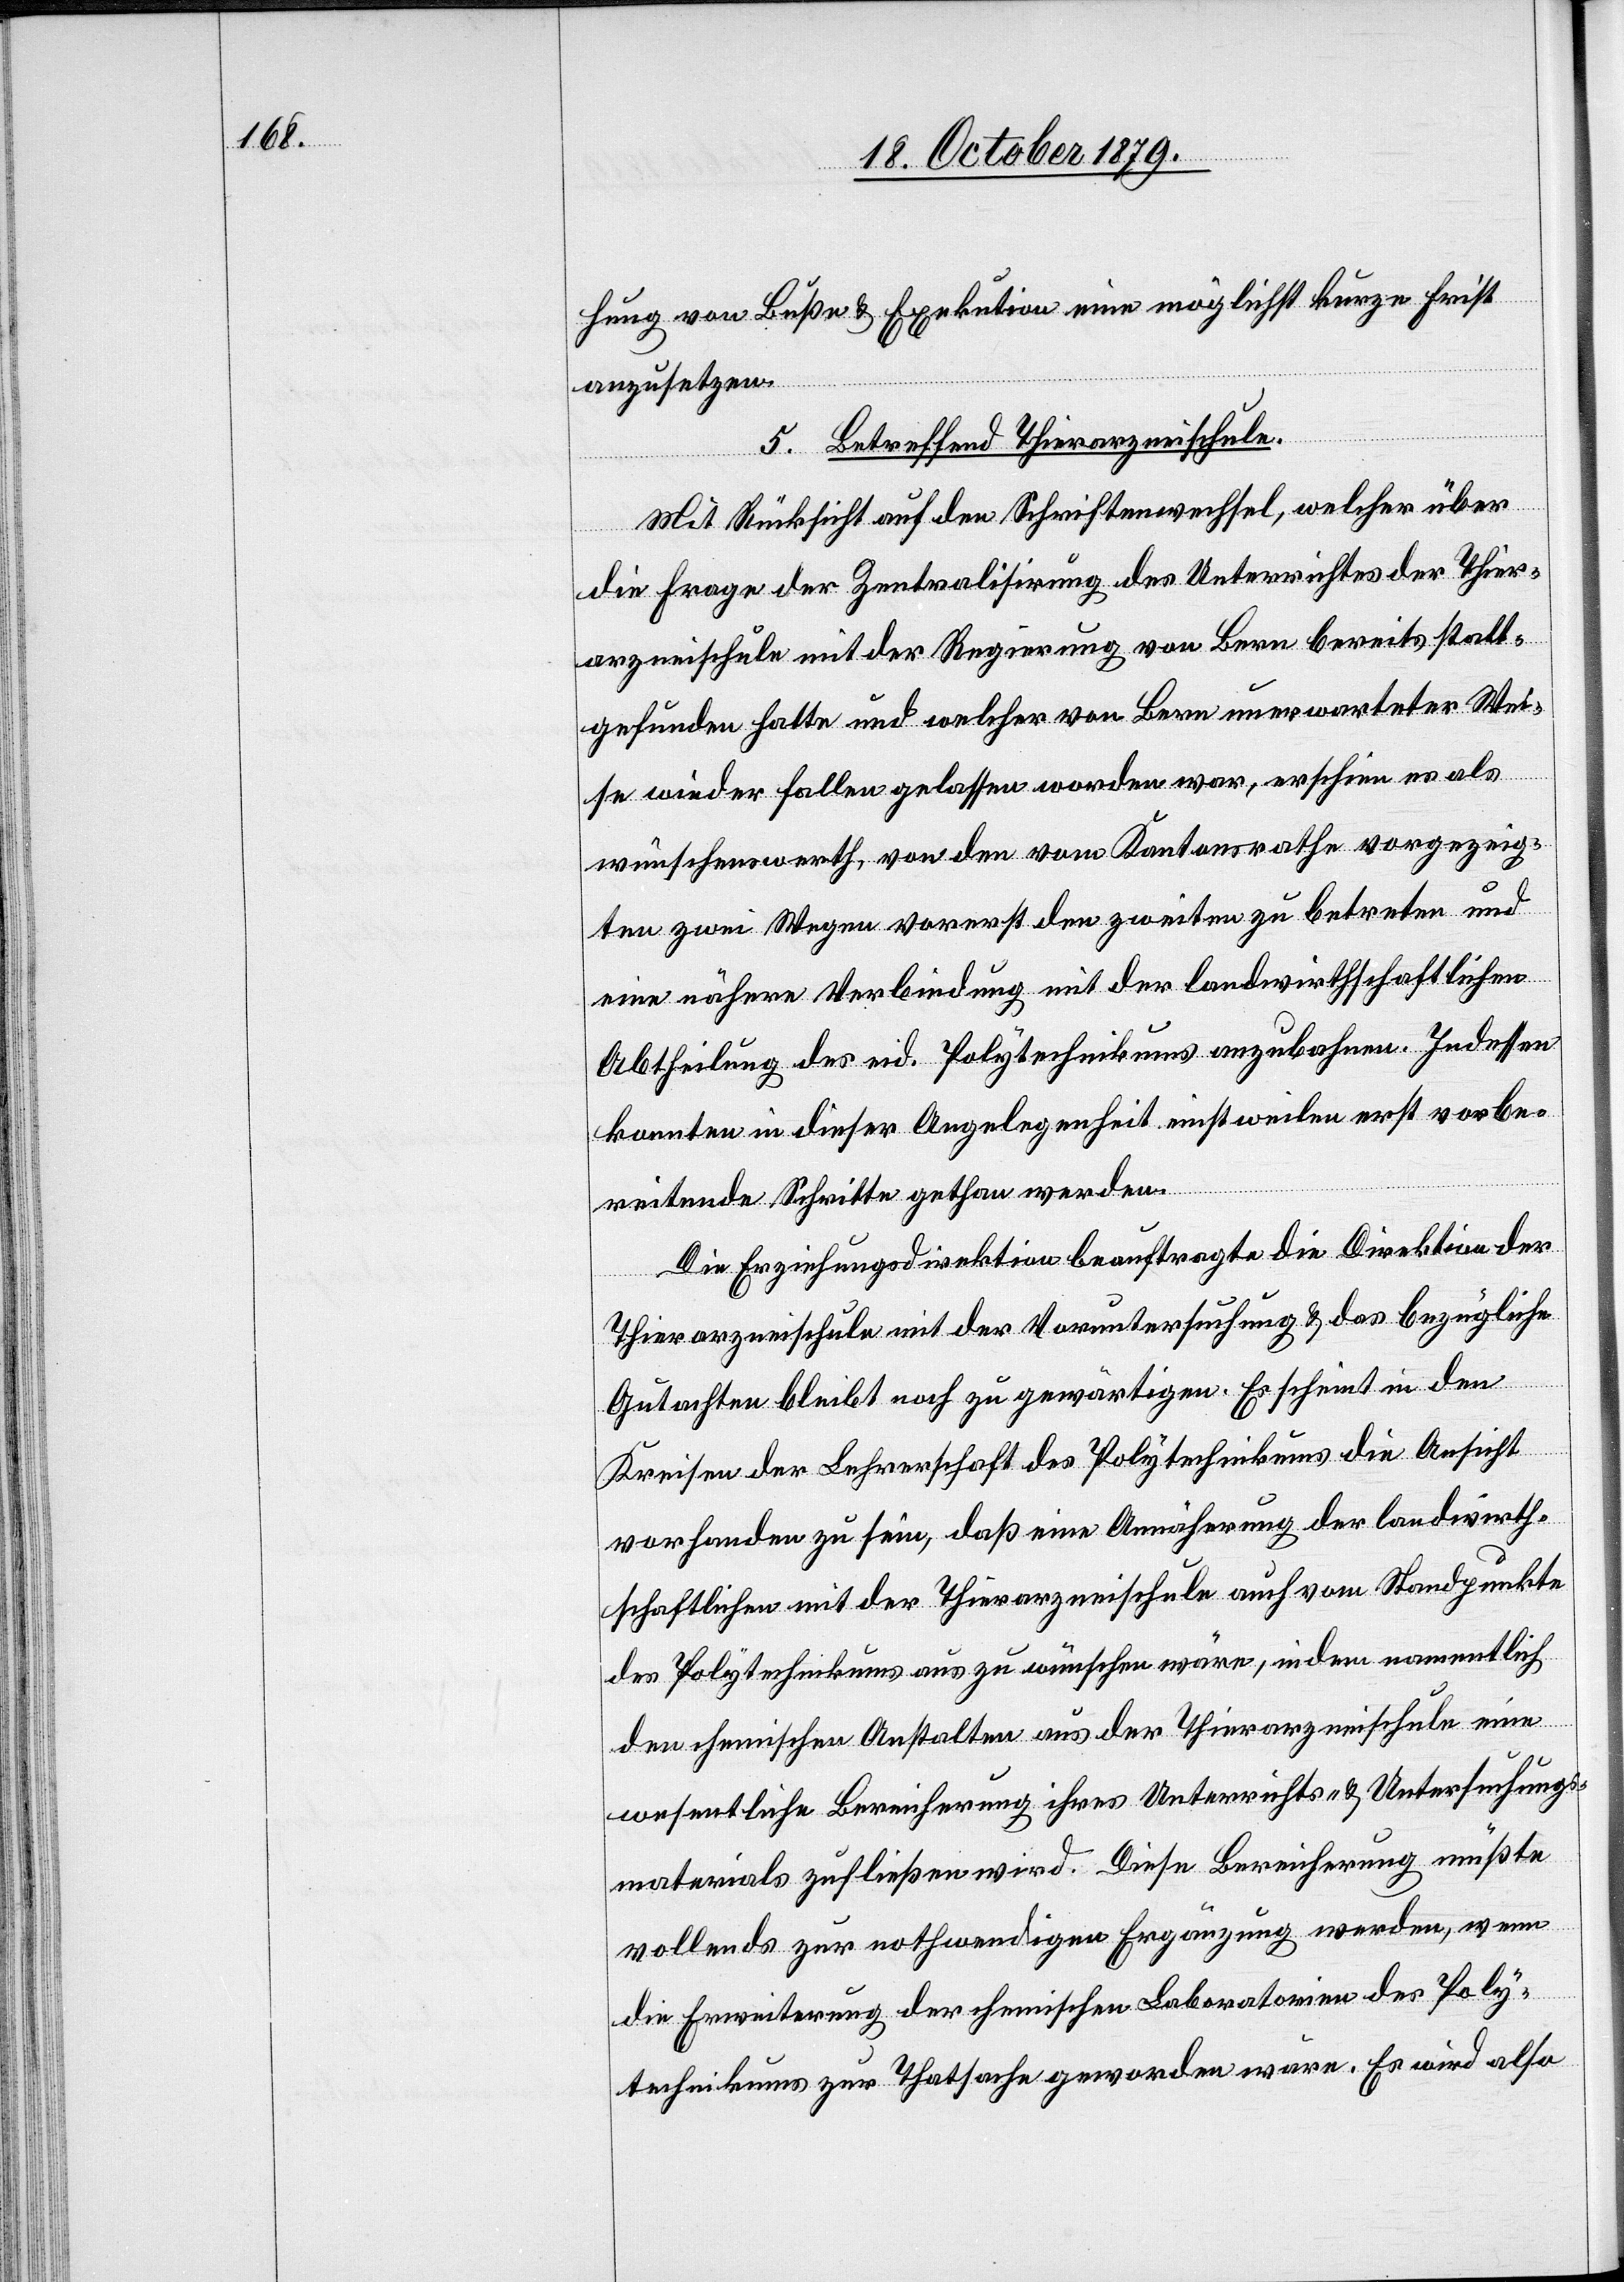
hung von Buße & Exekution eine möglichst kurze Frist
anzusetzen.
5. Betreffend Thierarzneischule.
Mit Rücksicht auf den Schriftenwechsel, welcher über
die Frage der Zentralisirung des Unterrichtes der Thier¬
arzneischule mit der Regierung von Bern bereits statt¬
gefunden hatte und welcher von Bern unerwarteter Wei¬
se wieder fallen gelassen worden war, erschien es als
wünschenswerth, von den vom Kantonsrathe vorgezeig¬
ten zwei Wegen vorerst den zweiten zu betreten und
eine nähere Verbindung mit der landwirthschaftlichen
Abtheilung des eid. Polytechnikums anzubahnen. Indessen
konnten in dieser Angelegenheit einstweilen erst vorbe¬
reitende Schritte gethan werden.
Die Erziehungsdirektion beauftragte die Direktion der
Thierarzneischule mit der Voruntersuchung & das bezügliche
Gutachten bleibt noch zu gewärtigen. Es scheint in den
Kreisen der Lehrerschaft des Polytechnikums die Ansicht
vorhanden zu sein, daß eine Annäherung der landwirth¬
schaftlichen mit der Thierarzneischule auch vom Standpunkte
des Polytechnikums aus zu wünschen wäre, indem namentlich
den chemischen Anstalten aus der Thierarzneischule eine
wesentliche Bereicherung ihres Unterrichts- & Untersuchungs¬
materials zufließen wird. Diese Bereicherung müßte
vollends zur nothwendigen Ergänzung werden, wenn
die Erweiterung der chemischen Laboratorien des Poly¬
technikums zur Thatsache geworden wäre. Es wird also